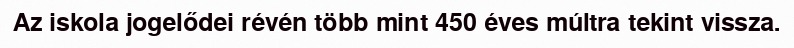
Az iskola jogelődei révén több mint 450 éves múltra tekint vissza.